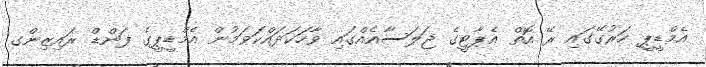
އެމްޑީޕީ ހަރުގޭގައި ރޭ އޮތް އެޕާޓީގެ ޖަލަސާއެއްގައި ވާހަކަދައްކަވަމުން އެމްޑީޕީގެ ފަންޑް ރައިޒިންގ